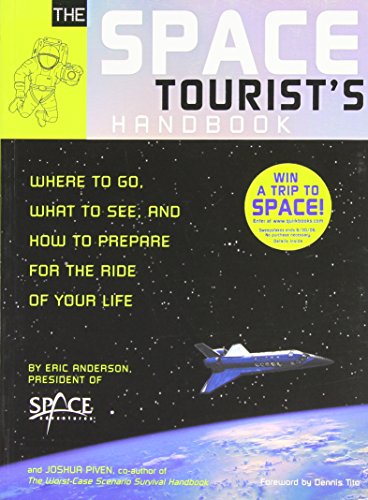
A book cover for The Space Tourist's Handbook; Eric C. Anderson; Science Fiction & Fantasy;